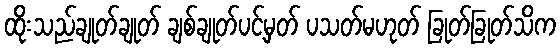
ထိုးသည်ချုတ်ချုတ် ချစ်ချုတ်ပင့်မှတ် ပသတ်မဟုတ် ခြုတ်ခြုတ်သိက